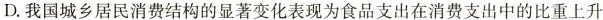
D.我国城乡居民消费结构的显著变化表现为食品支出在消费支出中的比重上升